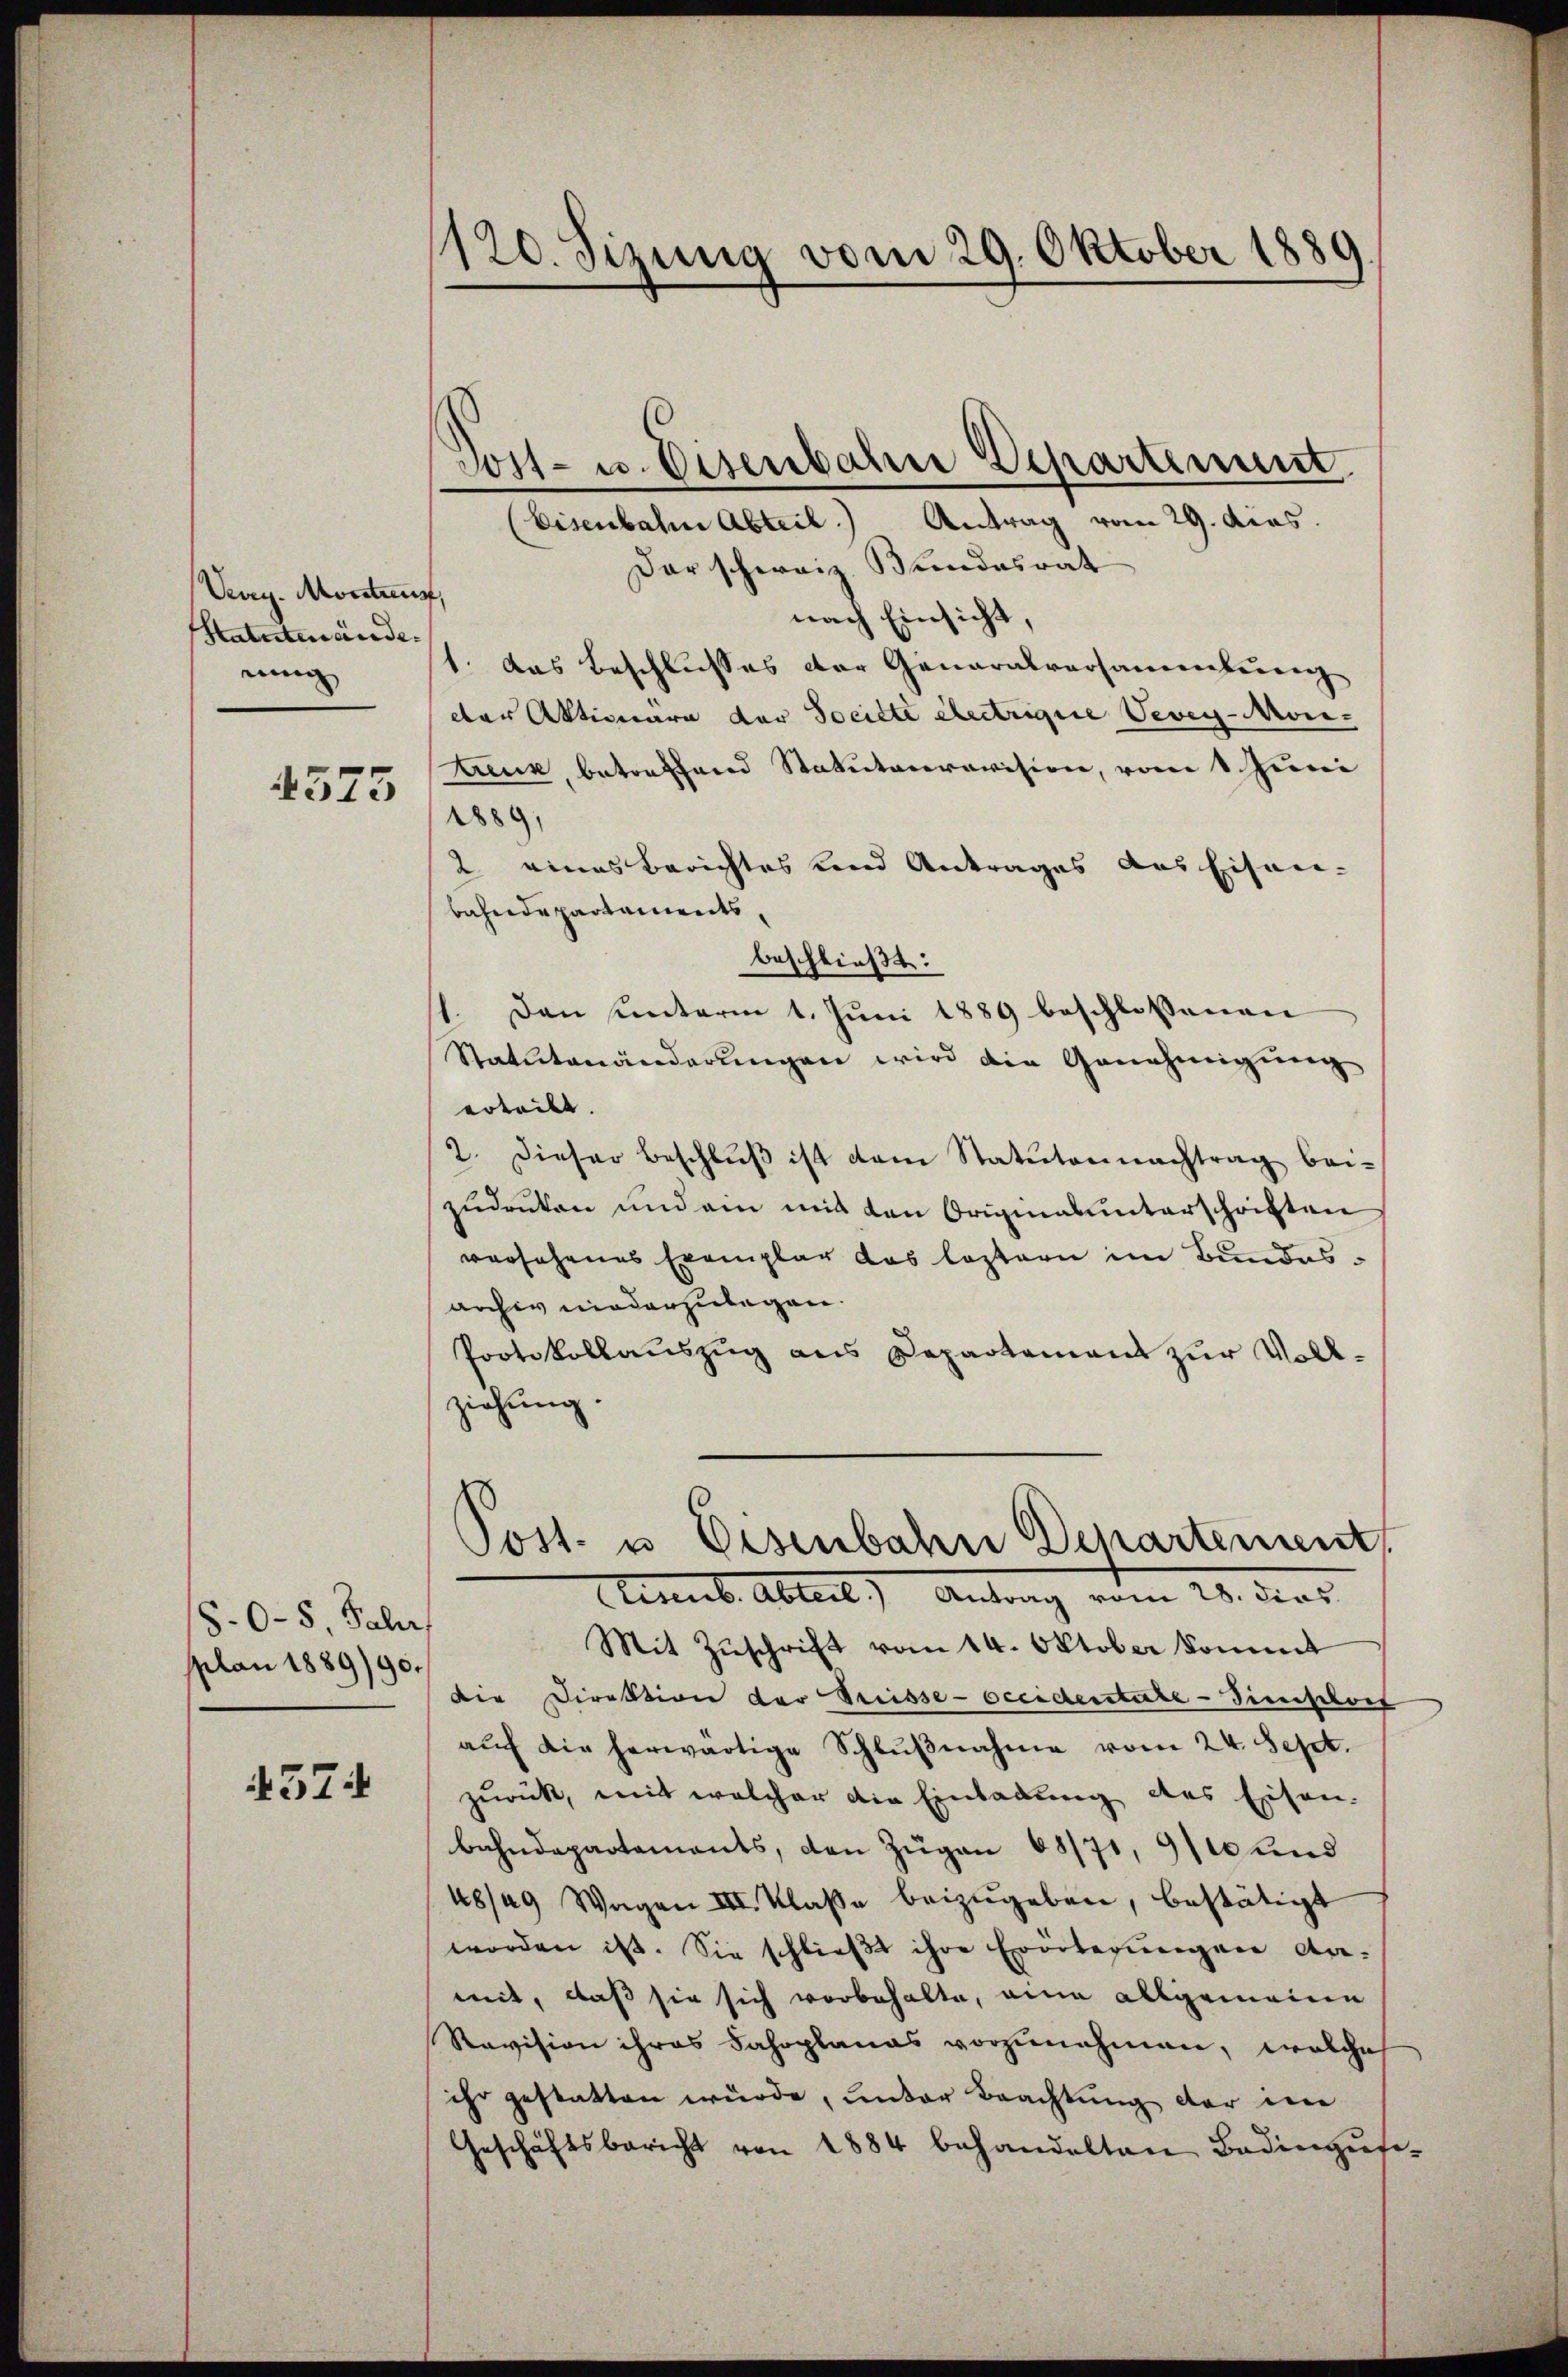
Vag. Montanz,
Statutenände.
nung

4575

8.0-5 Jahr
splan 1889/90

4574

120. Sizung vom 29. Oktober 1889

(Eisenbahne Abteil. Antrag vom 29. dies
Der schweiz. Bundesrat
nach Einsicht,
1. Das Beschlusses der Generalversammlung
dter Aktionara der Socitte Electrigue Vevey-Moni-
tenz, betreffend Statutarrevision, vom 1. Juni
1889,
2 eines Berichtes und Antrages des Eisenbahndepartaments,
beschließt:
11. Den ŭnterm 1. Jŭni 1889 beschlossenen
Statutenänderungen wird die Genehmigung
erteilt.
2. Dieser Beschlŭβ ist dem Statuten nachtrag bei-
zudrucken und am mit den Originalunterschriften
versehenes Exemplar das leztern im Bundesarchiv niederzulegen.
Protokollauszug aus Departamens zur Vollziehung.

Post- u. Eisenbahn Departinun

Post- u. Eisenbahn Departement
Semb. Abteil) Antrag vom 28. dies

Mit Zŭschrift vom 14. Oktober kommt
Die Direktion der Preisse-Occidentite-Timiptort
aŭch die herwärtige Schlŭβnahme vom 24. Sept.
zurück, mit welcher die Einladung des Eisen-
bahndepartements, den Zügen 68/71, 9/10 und
48/49 Wagen III. Klasse beizŭgeben, bestätigt
worden ist. Sie schlieβt ihre Erörterungen da-
mit, daß sie sich vorbehalte, eine allgemeine
Ravision ihres Fahrplanas vorzunehmen, welche
ihr gestatten wurde, unter Beachtung der in
Geschäftsbericht von 1884 behandelten Bedingŭte-